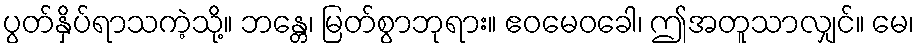
ပွတ်နှိပ်ရာသကဲ့သို့။ ဘန္တေ၊ မြတ်စွာဘုရား။ ဧဝမေဝခေါ၊ ဤအတူသာလျှင်။ မေ၊